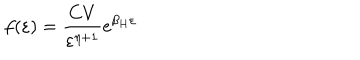
LaTeX: f ( \varepsilon ) = { \frac { C V } { \varepsilon ^ { \eta + 1 } } } \mathrm { e } ^ { { \beta _ { H } \varepsilon } }